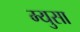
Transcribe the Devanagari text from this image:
म्युसा